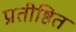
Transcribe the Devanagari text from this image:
प्रतीष्ठित